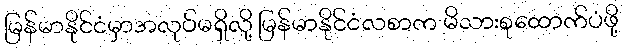
မြန်မာနိုင်ငံမှာအလုပ်မရှိလို့ မြန်မာနိုင်ငံလစာက မိသားစုထောက်ပံဖို့